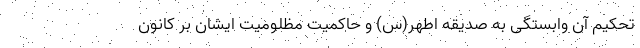
تحکیم آن وابستگی به صدیقه اطهر(س) و حاکمیت مظلومیت ایشان بر کانون